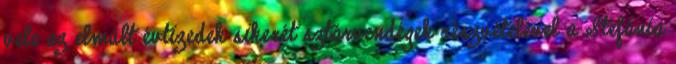
vele az elmúlt évtizedek sikerét sztárvendégek részvételével a Stefánia